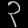
Digit: ၃